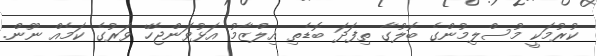
ކުރުމަކީ މުސްލިމުންގެ ބޮލުގާ ތިފަދަ ބޮޑެތި އިލްޒާމު އަޅުވަންޖެހޭ ވަރުގެ ކަމެއް ނޫން.